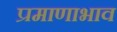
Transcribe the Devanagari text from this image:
प्रमाणाभाव